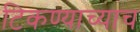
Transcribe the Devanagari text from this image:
टिकण्याच्याच